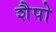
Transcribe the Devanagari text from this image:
शैपो